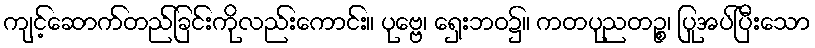
ကျင့်ဆောက်တည်ခြင်းကိုလည်းကောင်း။ ပုဗ္ဗေ၊ ရှေးဘဝ၌။ ကတပုညတဉ္စ၊ ပြုအပ်ပြီးသော